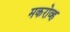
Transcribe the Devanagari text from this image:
मकरोव्ह